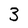
Character: 3